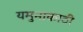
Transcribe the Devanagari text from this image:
यमुनाकाठी